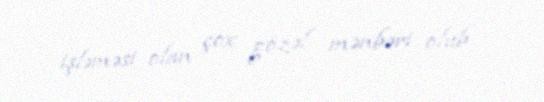
işləməsi olan çox gözəl mənbəri olub.